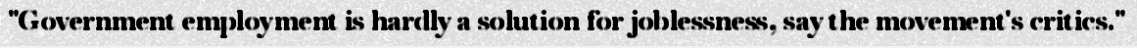
"Government employment is hardly a solution for joblessness, say the movement's critics."